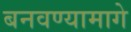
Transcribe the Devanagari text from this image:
बनवण्यामागे